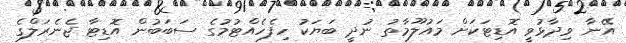
އޭނާ ވިދާޅުވީ އޮޑިޓަކަށް މައުލޫމާތު ނުދީ ބަޔަކު ހިފެހެއްޓުމުގެ ސަބަބުން އޮޑިޓާ ޖެނެރަލްގެ